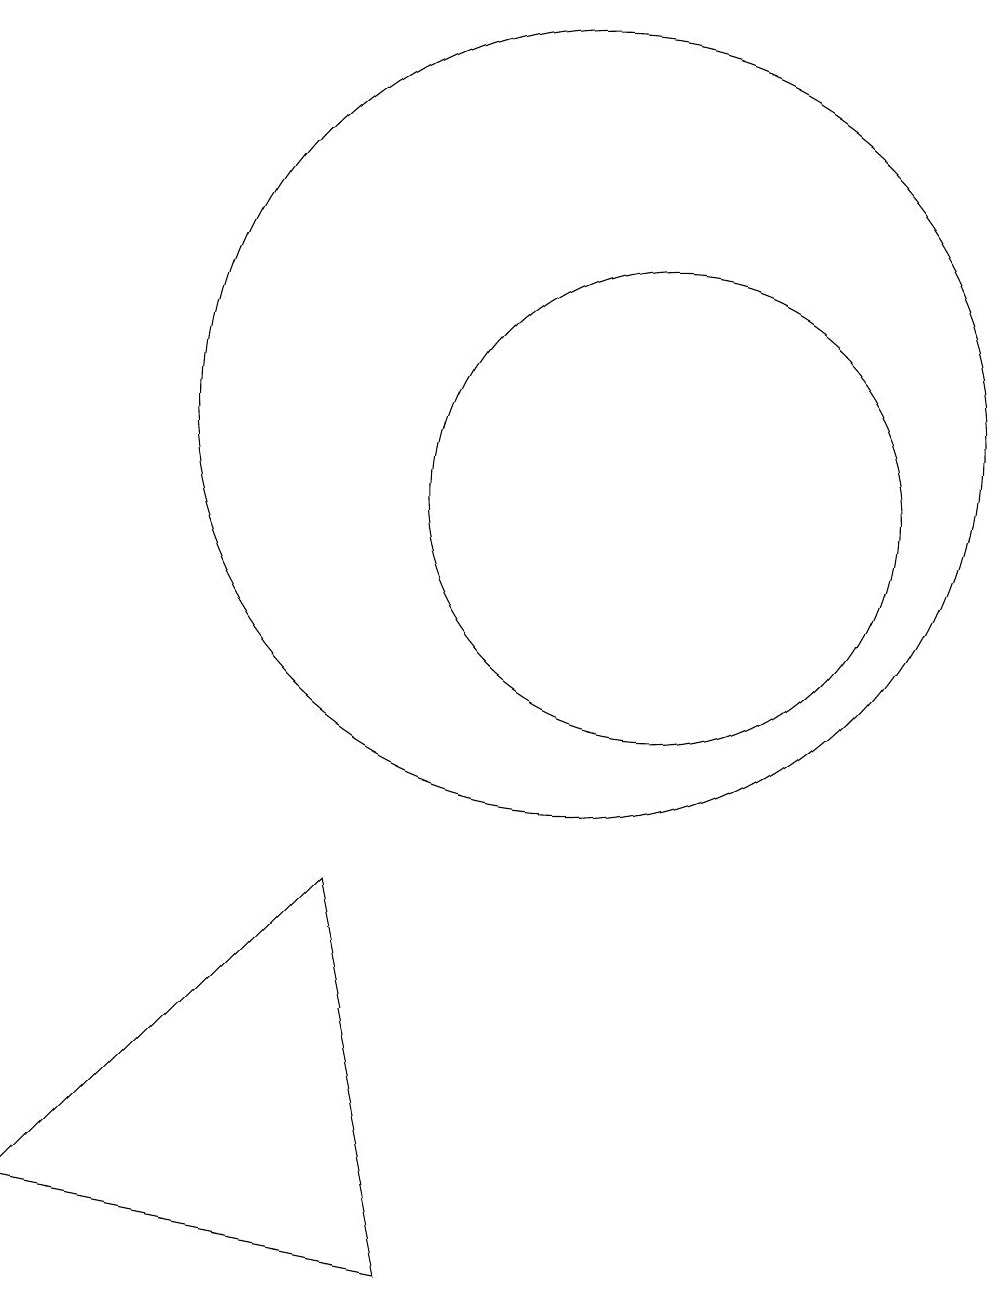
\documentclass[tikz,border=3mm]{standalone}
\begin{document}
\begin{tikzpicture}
\draw (3,1) -- (7,5) -- (8,0) -- cycle;
\draw (10,11) circle (5);
\draw (11,10) circle (3);
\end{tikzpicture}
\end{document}